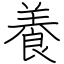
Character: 養